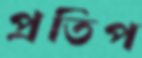
প্রতিপ